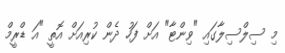
މި ސިލްސިލާގައި "ވިންޓާ" އަށް ފަހު ދެން ކުރިއަށް އޮތީ "އަ ޑްރީމް